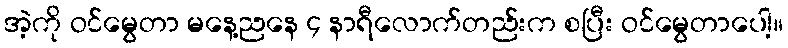
အဲ့ကို ဝင်မွေတာ မနေ့ညနေ ၄ နာရီလောက်တည်းက စပြီး ဝင်မွေတာပေါ့။